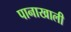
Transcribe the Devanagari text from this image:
पानाखाली